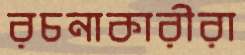
রচনাকারীরা